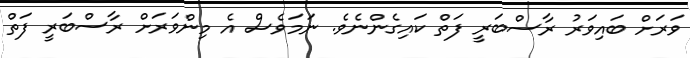
ވަރަށް ބައިވަރު ރާސްބަރީ ފަތް ކައިގެންނެވެ. ނަމަވެސް އެ މިންވަރަށް ރާސްބަރީ ފަތް